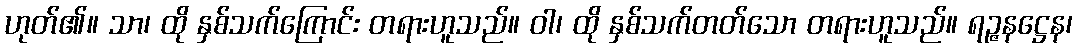
ဟုတ်၏။ သာ၊ ထို နှစ်သက်ကြောင်း တရားဟူသည်။ ဝါ၊ ထို နှစ်သက်တတ်သော တရားဟူသည်။ ရဉ္ဇနဋ္ဌေန၊